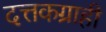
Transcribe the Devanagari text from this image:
दत्तकग्राही